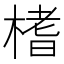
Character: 榰